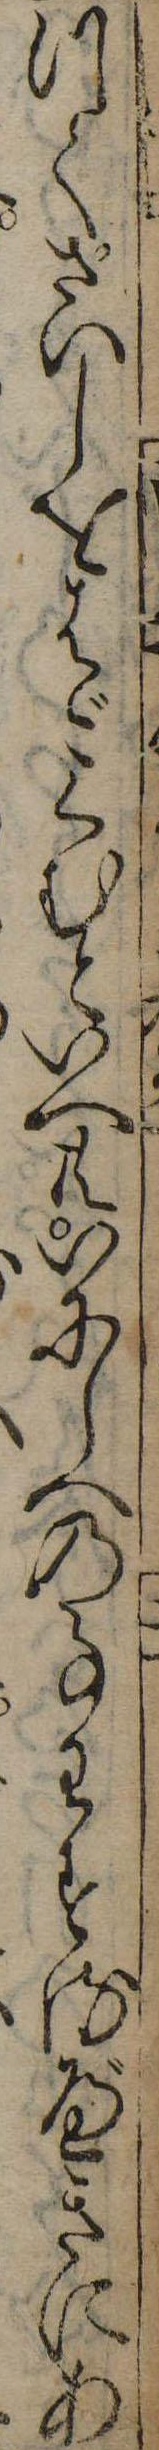
つてさいしをはごくむといへ共いにしへの事わするべきにあ